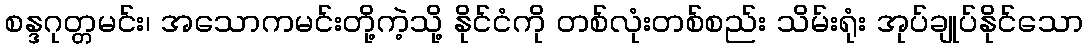
စန္ဒဂုတ္တမင်း၊ အသောကမင်းတို့ကဲ့သို့ နိုင်ငံကို တစ်လုံးတစ်စည်း သိမ်းရုံး အုပ်ချုပ်နိုင်သော